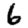
Digit: 6